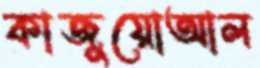
কাজুয়োআল